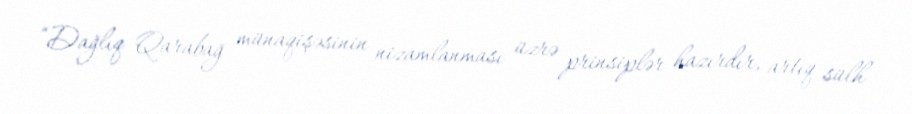
“Dağlıq Qarabağ münaqişəsinin nizamlanması üzrə prinsiplər hazırdır, artıq sülh